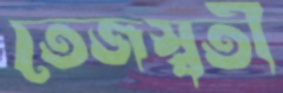
তেজস্বতী